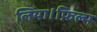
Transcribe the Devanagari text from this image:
लिया।फ़िल्म